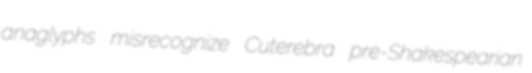
anaglyphs misrecognize Cuterebra pre-Shakespearian